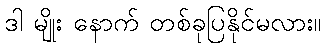
ဒါ မျိုး နောက် တစ်ခုပြနိုင်မလား။